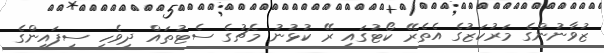
ޒުވާނުންގެ މަރުކަޒުގެ އެތެރޭ ކޯޓުގައި ރޭ ކުޅުނު މެޗުގެ ސެޓުތައް ދިވެހި ސިފައިންގެ